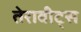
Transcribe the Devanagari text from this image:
तेराबीट्स